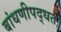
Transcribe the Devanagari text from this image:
बांधणीपद्धत